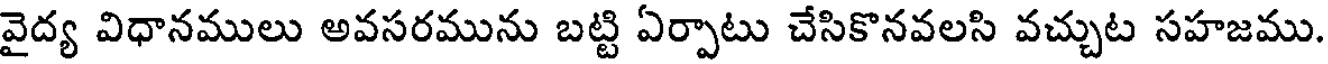
వైద్య విధానములు అవసరమును బట్టి ఏర్పాటు చేసికొనవలసి వచ్చుట సహజము.